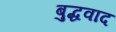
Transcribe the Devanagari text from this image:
बुद्धवाद